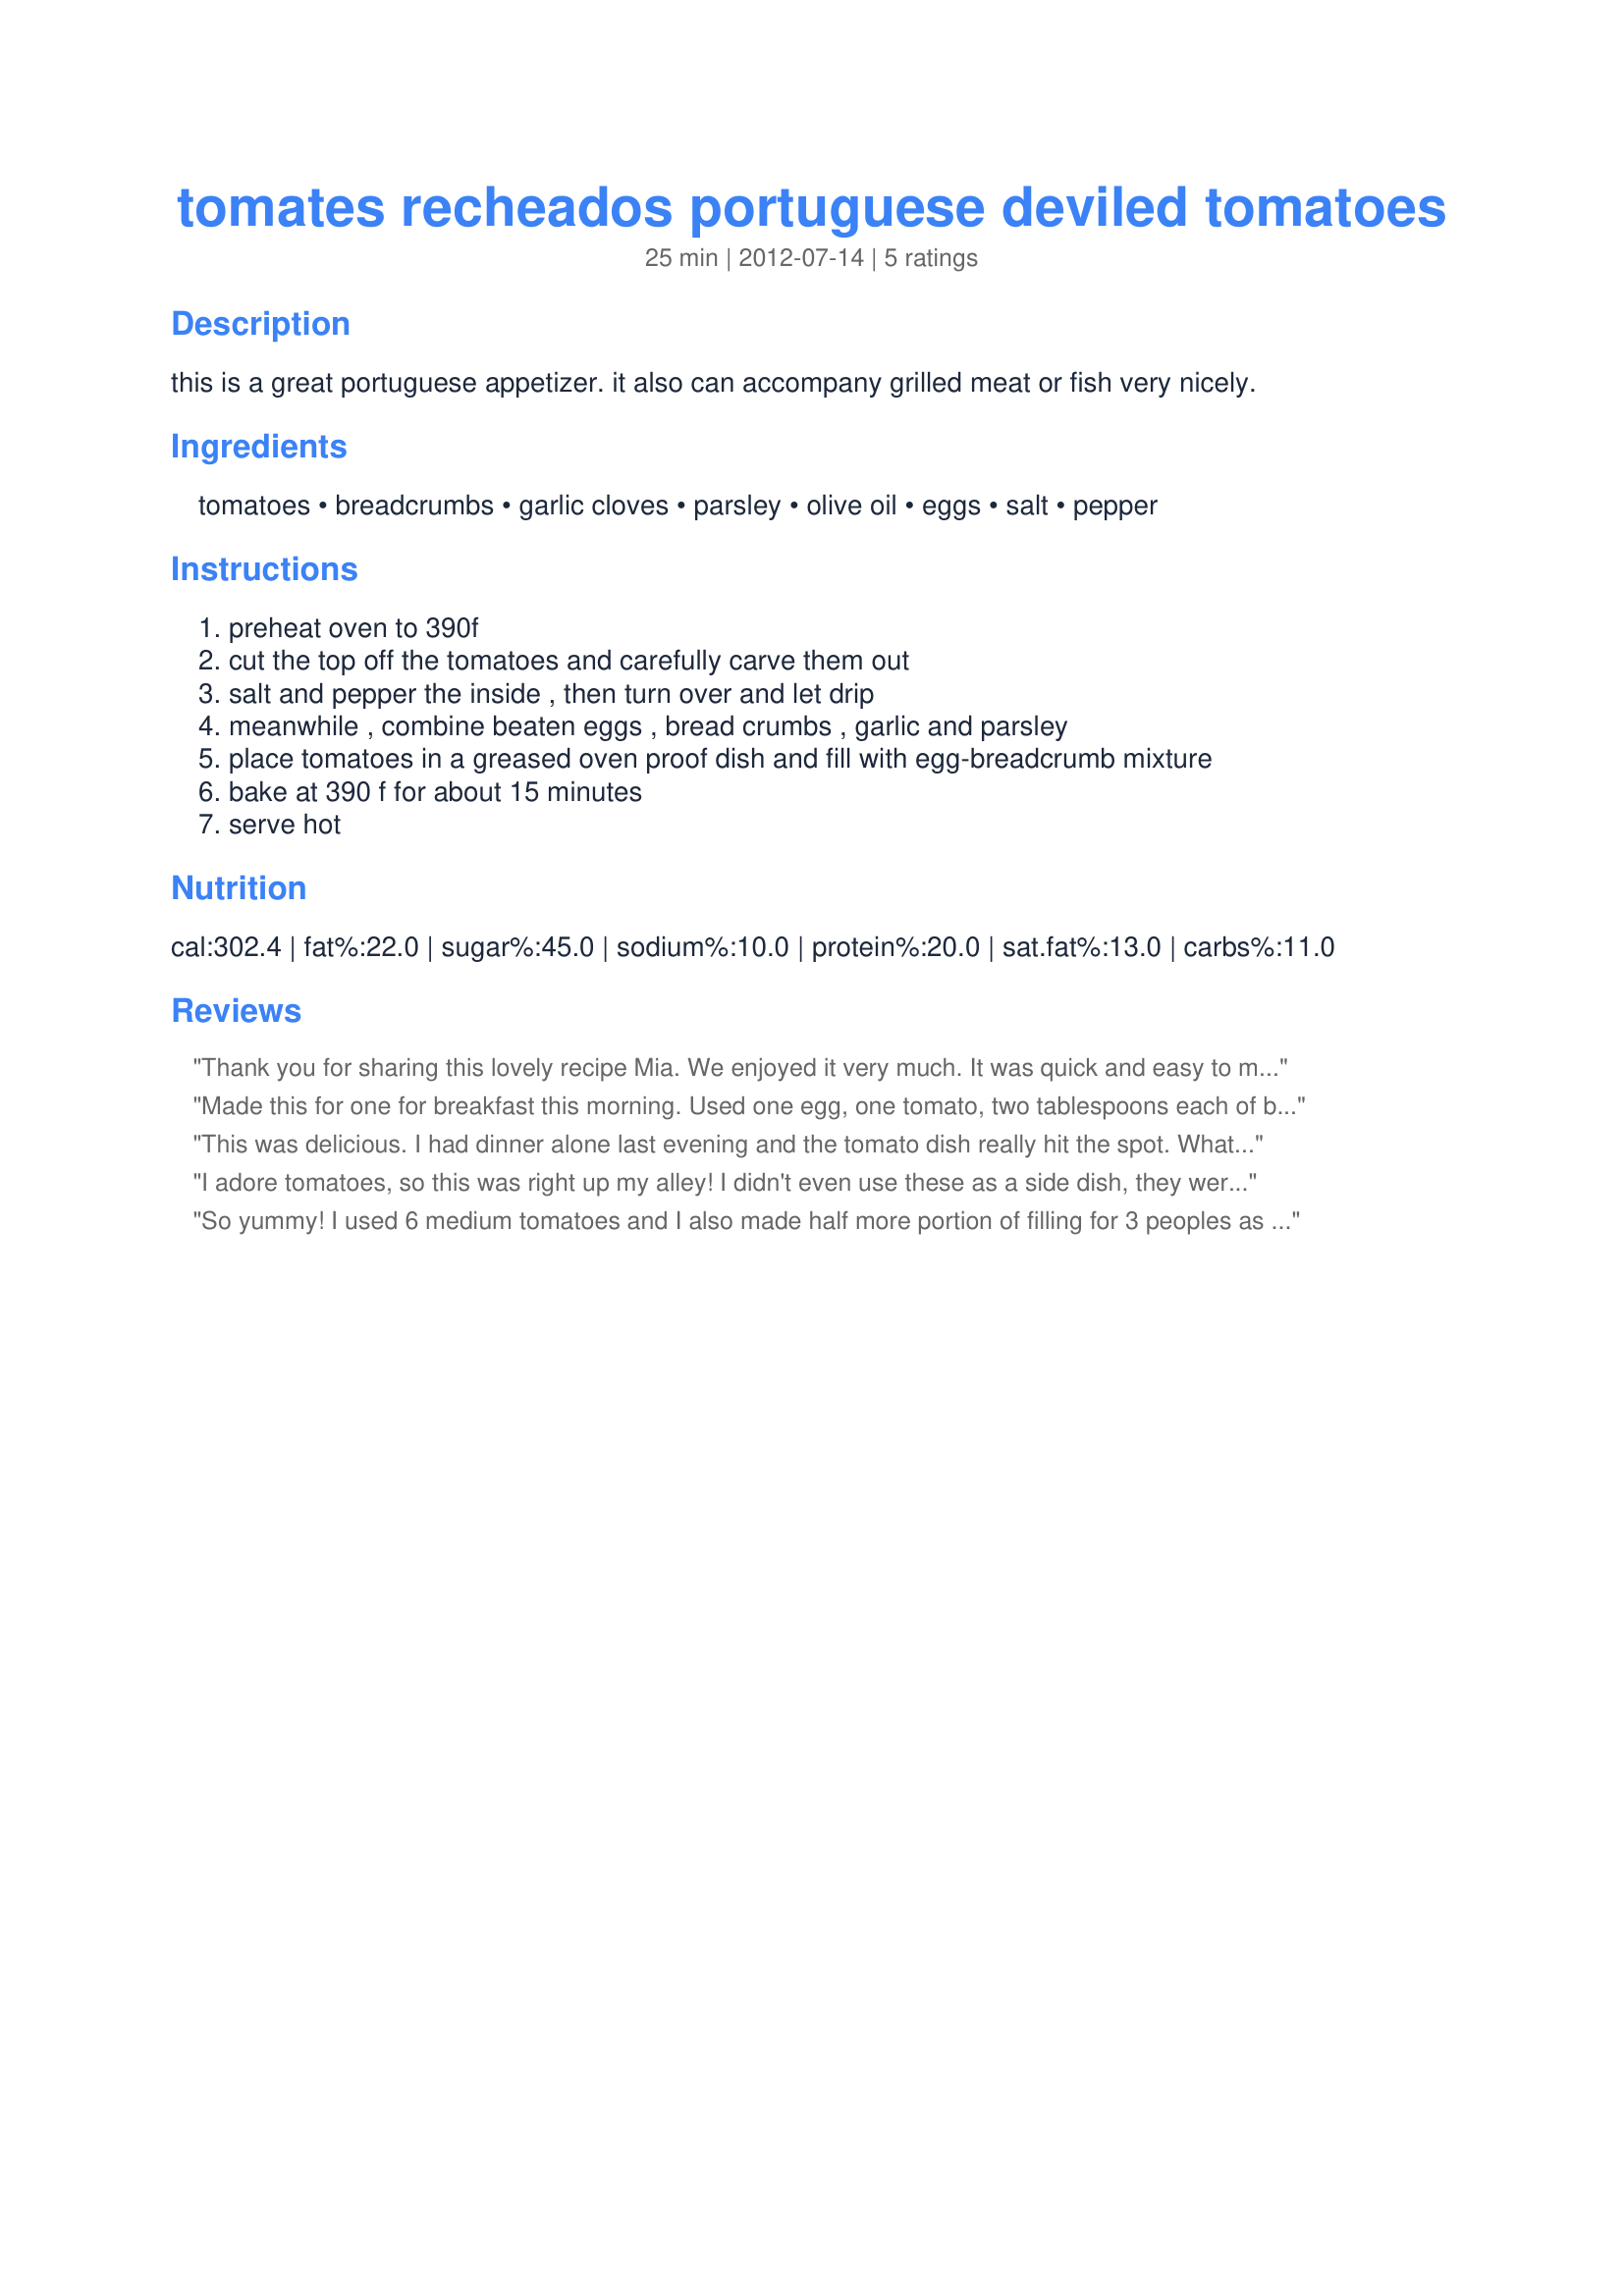
tomates recheados portuguese deviled tomatoes
Preparation time: 25 minutes

this is a great portuguese appetizer. it also can accompany grilled meat or fish very nicely.

Ingredients:
tomatoes, breadcrumbs, garlic cloves, parsley, olive oil, eggs, salt, pepper

Steps:
preheat oven to 390f, cut the top off the tomatoes and carefully carve them out, salt and pepper the inside , then turn over and let drip, meanwhile , combine beaten eggs , bread crumbs , garlic and parsley, place tomatoes in a greased oven proof dish and fill with egg-breadcrumb mixture, bake at 390 f for about 15 minutes, serve hot

Reviews:
Thank you for sharing this lovely recipe Mia. We enjoyed it very much. It was quick and easy to make. A perfect accompaniment for the Pork Adobo and Coriander Sweet Potatoes we served with it. The tomatoes were beautifully roasted and the filling was very tasty. Made for CQ3 - Azores - Vegetable Challenge
Made this for one for breakfast this morning. Used one egg, one tomato, two tablespoons each of breadcrumbs and parsley, and one clove of garlic. I sprayed the baking dish, so was able to cut way back on the amount of oil. Excellent dish. Thanks for posting.
This was delicious. I had dinner alone last evening and the tomato dish really hit the spot. What I had was the tiny Sunburst tomatoes (red and yellow) all ripe, plump and yummy. Being so small I couldn&#039;t clean the centers completely but I don&#039;t think the recipe suffered from it any. I added a bit of crumbled veggie sausage to round out the nutrition profile and taste as this was my whole meal. Used as a side you certainly wouldn&#039;t need to add any kind of protein, it&#039;s very tasty on it&#039;s own.
I adore tomatoes, so this was right up my alley! I didn't even use these as a side dish, they were my lunch today. I used some little Campari tomatoes for this, and I sprinkled the tops with some grated Parmesan cheese after baking. I will definitely be making these again, but next time, I will use fresh toasted breadcrumbs in place of the prepackaged ones. The flavor was good with the prepackaged ones, but I'm certain that the texture of the filling would be much better with the fresh breadcrumbs. In hindsight, I think the filling needs less breadcrumbs and/or more liquid if using the storebought breadcrumbs (the filling was tasty, but a tad thick and dry). Not detracting from my rating, though, because it was my own mistake. The only fresh breadcrumbs I had on hand were Portuguese sweet bread crumbs, and I didn't think those would be appropriate here. As Annacia mentioned in her review, these would also be good with some crumbled sausage, diced ham or some flaked cooked fish in the filling if you wanted to use this as a light meal in place of a side dish. Now I have a really good use for all my garden tomatoes that are just starting to ripen, yay! Thanks for posting! Made for Culinary Quest 2016 Azores Vegetal Challenge for Team Iota Eta Pi
So yummy! I used 6 medium tomatoes and I also made half more portion of filling for 3 peoples as this was the side dish (veggies + carbs) to our grilled chicken breasts! The preparation is easy as assembling of the ingredients is almost no work. To make this easier to be filled I added about 2 tablespoons milk and 3 tablespoons grated cheese and I pressed it in my hands. The breadcrumbs I used were dry roasted in advance. The result was terrific and was filling enough for us 3.
